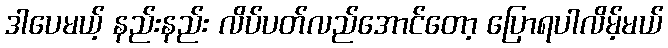
ဒါပေမယ့် နည်းနည်း လိပ်ပတ်လည်အောင်တော့ ပြောရပါလိမ့်မယ်